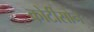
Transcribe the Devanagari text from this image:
कोर्टीसोन